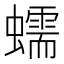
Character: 蠕